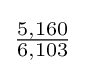
{\tfrac {5,160}{6,103}}